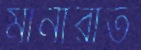
মানারাত